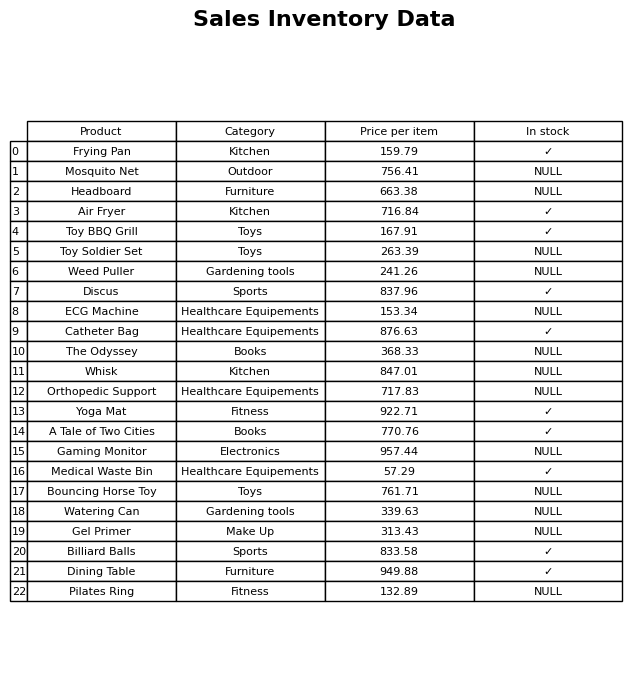
question: What is the price of the ECG Machine?
answer: The price of ECG Machine is 153.34.